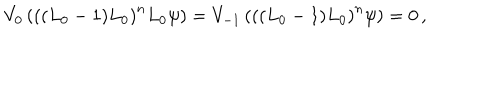
V _ { 0 } \left( \left( ( L _ { 0 } - 1 ) L _ { 0 } \right) ^ { n } L _ { 0 } \psi \right) = V _ { - 1 } \left( \left( ( L _ { 0 } - 1 ) L _ { 0 } \right) ^ { n } \psi \right) = 0 \, ,